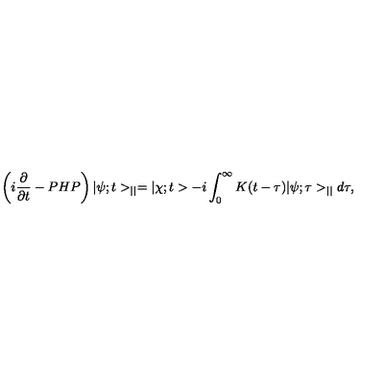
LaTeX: \left( i \frac { \partial } { \partial t } - P H P \right) | \psi ; t > _ { | | } = | \chi ; t > - i \int _ { 0 } ^ { \infty } K ( t - \tau ) | \psi ; \tau > _ { | | } d \tau ,